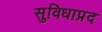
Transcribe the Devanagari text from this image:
सुविधाप्रद